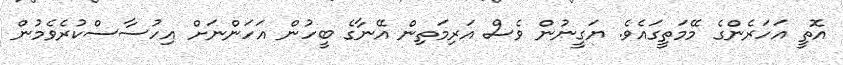
އޮތީ އަހަރެންގެ މޭމަތީގައެވެ. ޔަގީނުން ވެސް އަރިމަތިން އޭނާގެ ބީހުން އަހަންނަށް އިހުސާސްކުރެވެމުން